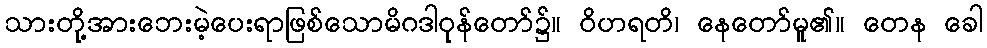
သားတို့အားဘေးမဲ့ပေးရာဖြစ်သောမိဂဒါဝုန်တော်၌။ ဝိဟရတိ၊ နေတော်မူ၏။ တေန ခေါ